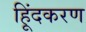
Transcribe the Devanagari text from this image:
हिूंदकरण